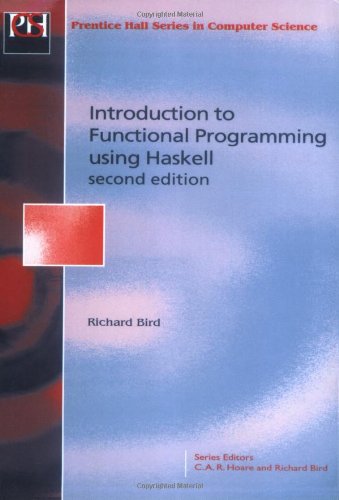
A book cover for Introduction to Functional Programming using Haskell (2nd Edition); Richard Bird; Computers & Technology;